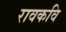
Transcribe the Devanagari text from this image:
रावकवि